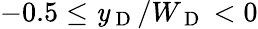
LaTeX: -0.5\leq\mathit{y}_{\mathrm{{~D~}}}/W_{\mathrm{{~D~}}}<0